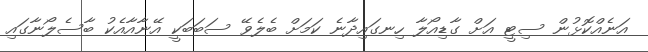
އަނެއްކޮޅުން ސިޓީ އަށް ގާޑިއޯލާ ހިނގައިދާނެ ކަމަށް ބެލެވޭ ސަބަބަކީ އޭނާއާއެކު ބާސެލޯނާގައި